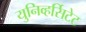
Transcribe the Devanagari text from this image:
युनिव्हर्सिटेट